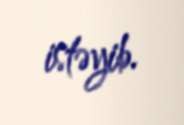
istəyib.